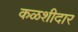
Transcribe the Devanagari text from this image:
कळशीदार